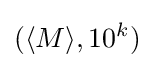
(\langle M\rangle ,10^{k})